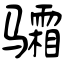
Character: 骦